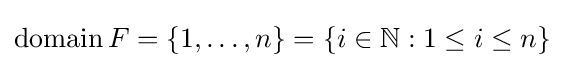
\operatorname {domain} F=\left\{1,\ldots ,n\right\}=\left\{i\in \mathbb {N} :1\leq i\leq n\right\}